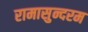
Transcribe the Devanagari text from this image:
रामासुन्दरम